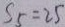
S _ { 5 } = 2 5